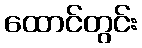
ထောင်တွင်း